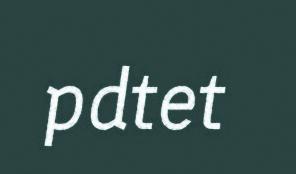
pdtet